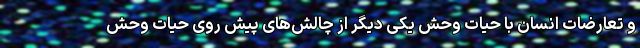
و تعارضات انسان با حیات وحش یکی دیگر از چالش‌های پیش روی حیات وحش